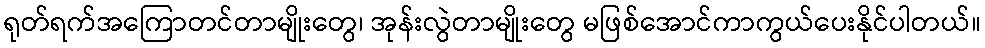
ရုတ်ရက်အကြောတင်တာမျိုးတွေ၊ အုန်းလွဲတာမျိုးတွေ မဖြစ်အောင်ကာကွယ်ပေးနိုင်ပါတယ်။